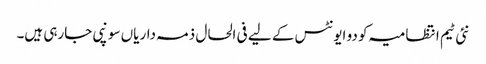
نئی ٹیم انتظامیہ کو دو ایونٹس کے لیے فی الحال ذمہ داریاں سونپی جارہی ہیں۔